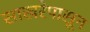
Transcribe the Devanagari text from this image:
साखरेपासून